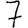
Digit: 7